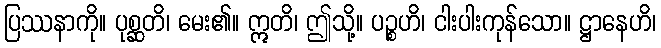
ပြဿနာကို။ ပုစ္ဆတိ၊ မေး၏။ ဣတိ၊ ဤသို့။ ပဉ္စဟိ၊ ငါးပါးကုန်သော။ ဋ္ဌာနေဟိ၊